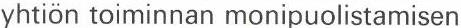
yhtiön toiminnan monipuolistamisen